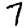
Digit: 7